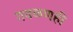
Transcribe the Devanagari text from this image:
गवळणही